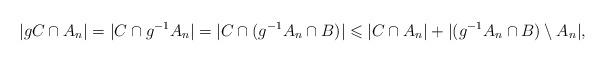
LaTeX: \begin{align*} |gC\cap A_n|=|C\cap g^{-1}A_n|=|C\cap (g^{-1}A_n\cap B)|\leqslant |C\cap A_n|+|(g^{-1}A_n\cap B)\setminus A_n|,\end{align*}